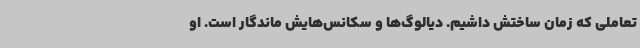
تعاملی که زمان ساختش داشیم. دیالوگ‌ها و سکانس‌هایش ماندگار است. او